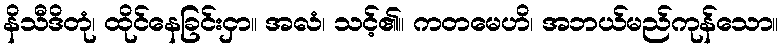
နိသီဒိတုံ၊ ထိုင်နေခြင်းငှာ။ အလံ၊ သင့်၏။ ကတမေဟိ၊ အဘယ်မည်ကုန်သော။